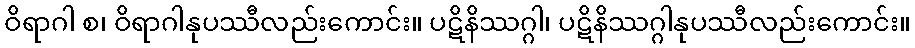
ဝိရာဂါ စ၊ ဝိရာဂါနုပဿီလည်းကောင်း။ ပဋိနိဿဂ္ဂါ၊ ပဋိနိဿဂ္ဂါနုပဿီလည်းကောင်း။